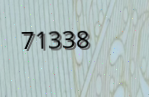
71338